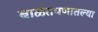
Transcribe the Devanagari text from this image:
बाळंतपणातल्या